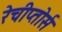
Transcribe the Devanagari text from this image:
रेचीप्तोर्स